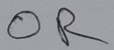
Text: OR